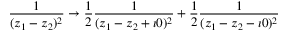
\frac { 1 } { ( z _ { 1 } - z _ { 2 } ) ^ { 2 } } \rightarrow \frac { 1 } { 2 } \frac { 1 } { ( z _ { 1 } - z _ { 2 } + \imath 0 ) ^ { 2 } } + \frac { 1 } { 2 } \frac { 1 } { ( z _ { 1 } - z _ { 2 } - \imath 0 ) ^ { 2 } }